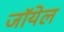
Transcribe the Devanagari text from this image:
जॉयेल